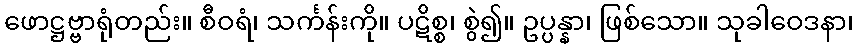
ဖောဋ္ဌဗ္ဗာရုံတည်း။ စီဝရံ၊ သင်္ကန်းကို။ ပဋိစ္စ၊ စွဲ၍။ ဥပ္ပန္နာ၊ ဖြစ်သော။ သုခါဝေဒနာ၊